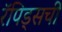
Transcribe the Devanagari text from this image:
रॅपिड्सची